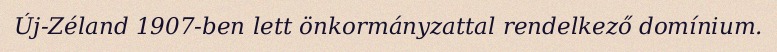
Új-Zéland 1907-ben lett önkormányzattal rendelkező domínium.